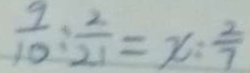
\frac { 9 } { 1 0 } : \frac { 2 } { 2 1 } = x : \frac { 2 } { 7 }